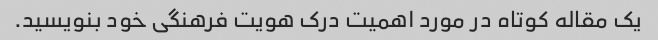
یک مقاله کوتاه در مورد اهمیت درک هویت فرهنگی خود بنویسید.